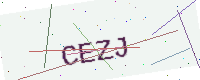
Text: CEZJ